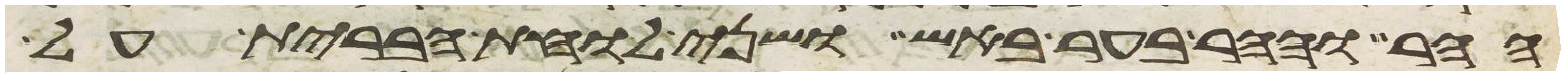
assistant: ההר וההר בער באש ושני לוחת הברית על